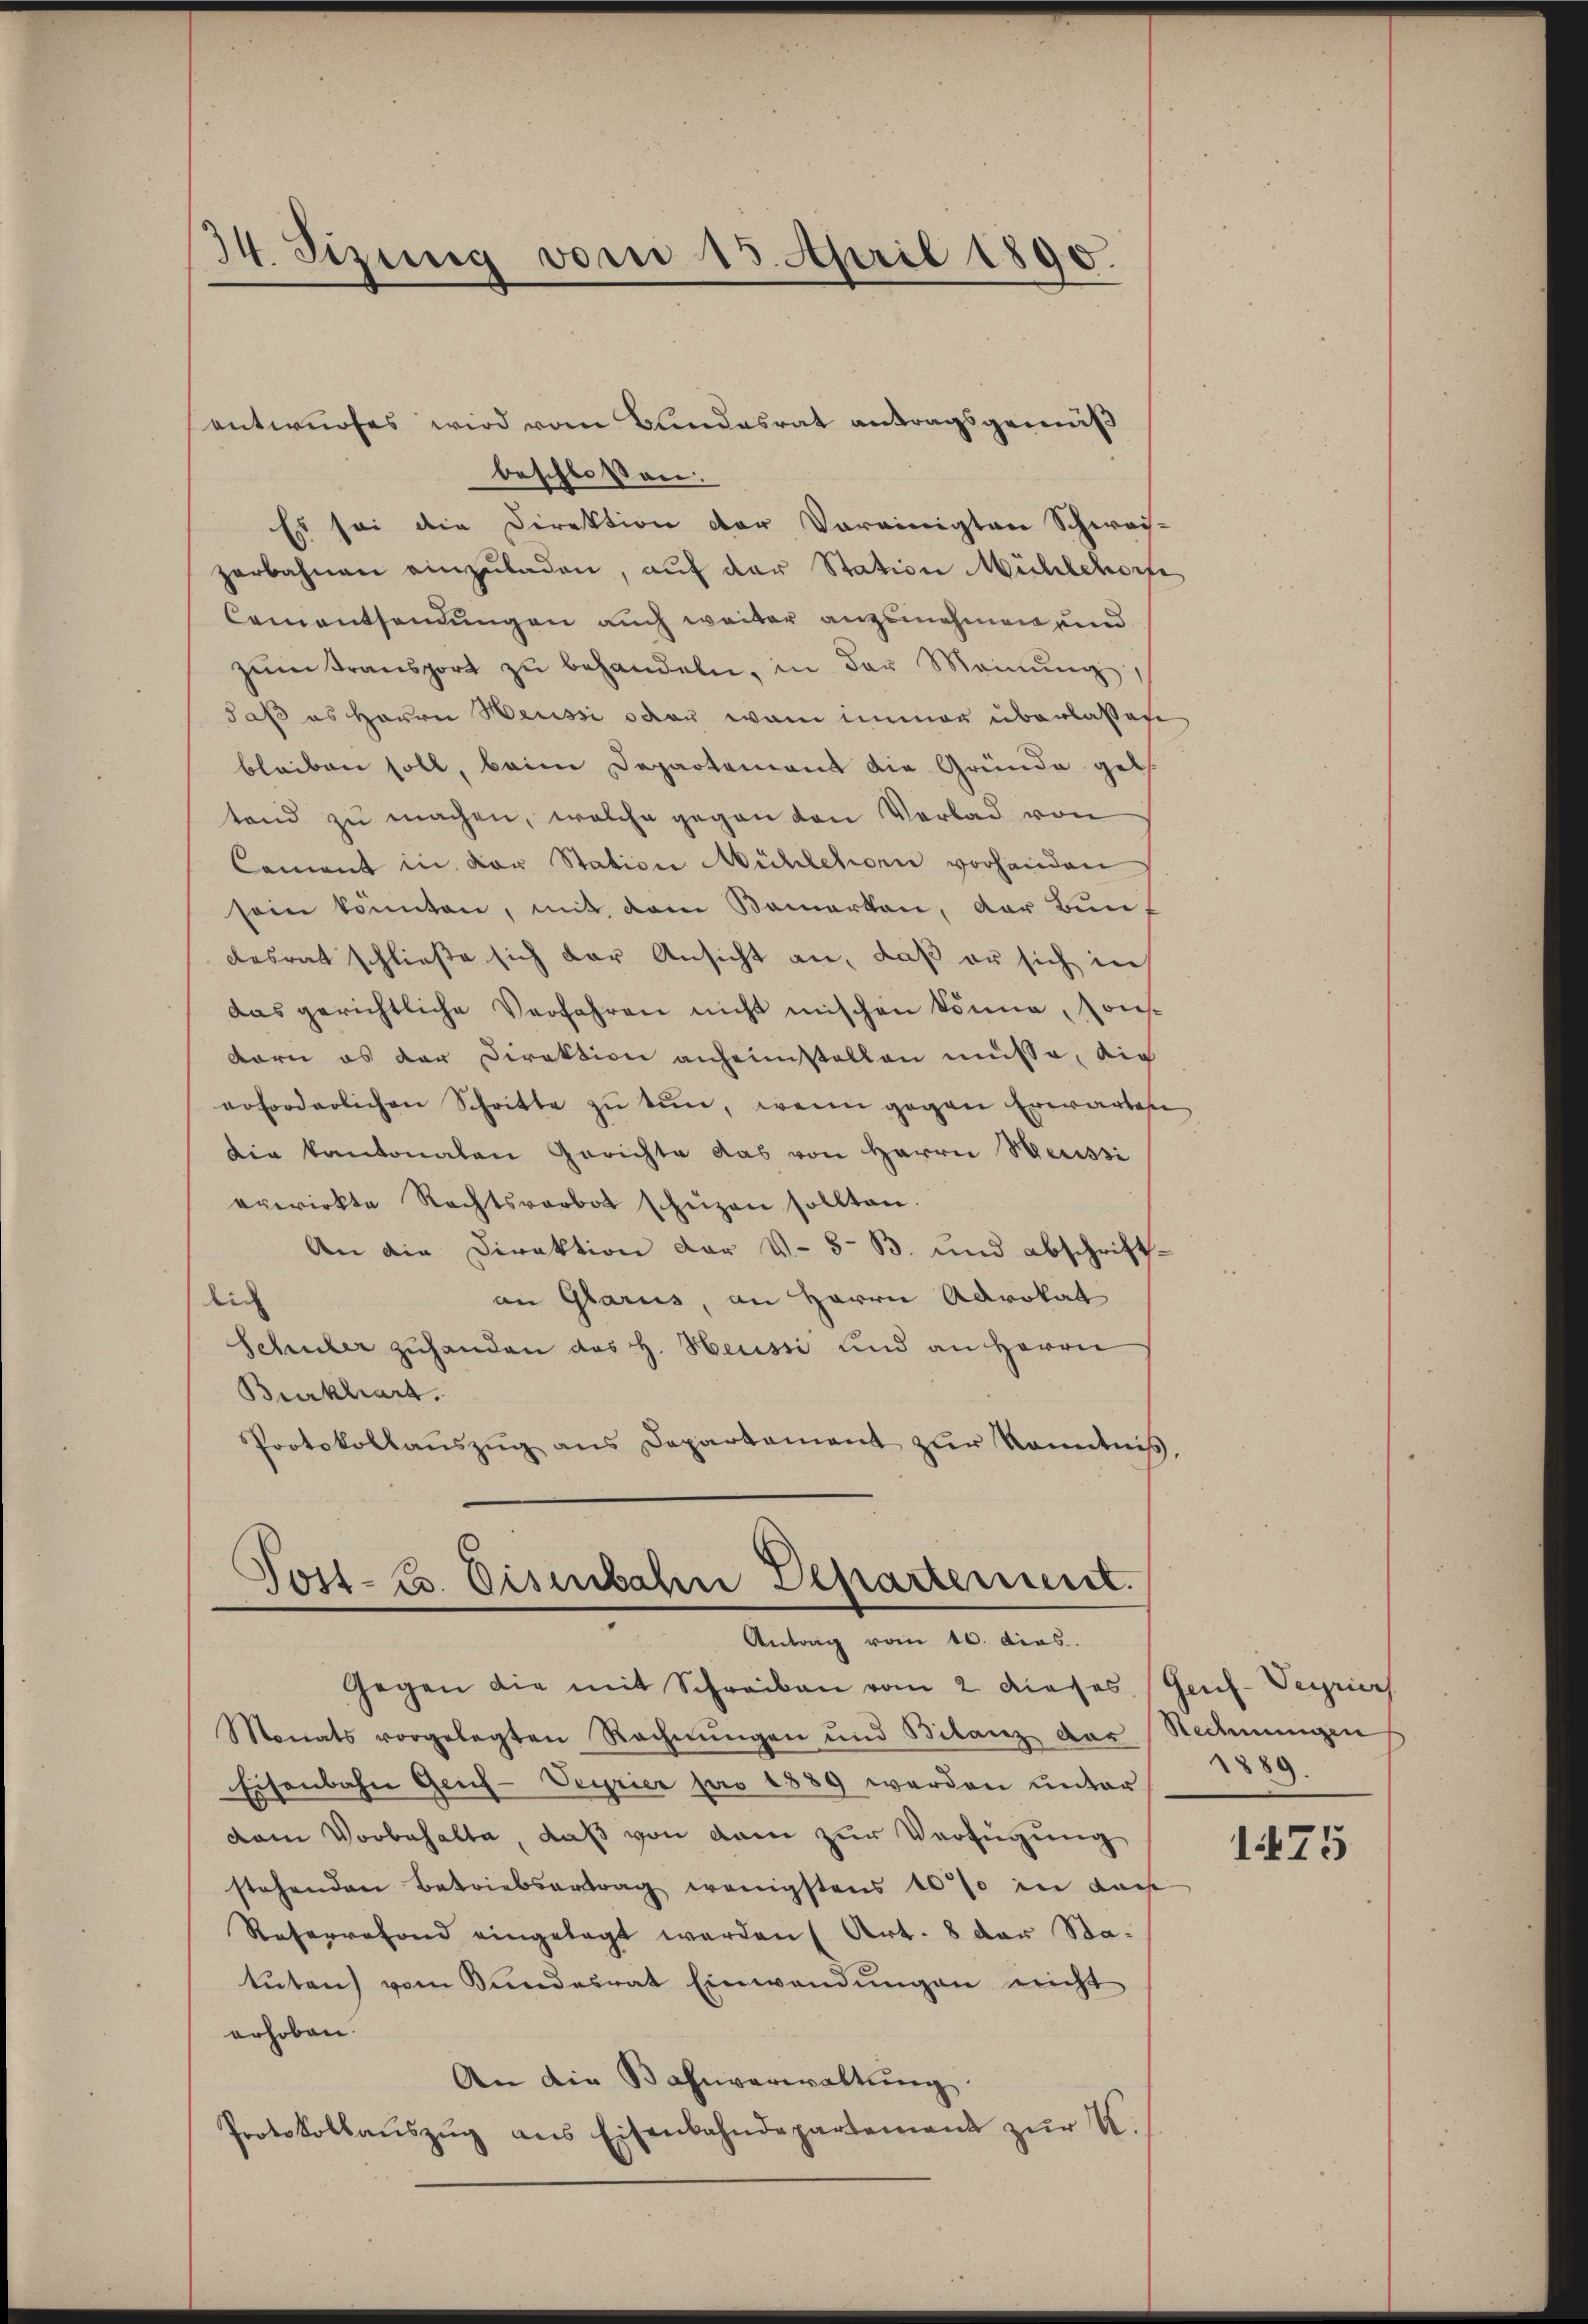
34. Sizung vom 15. April 1890.

beschloßen:
Es sei die Direktion der Vereinigten Schwach-
zerbahnen einzŭladen, auf der Station Mühlehorfe
Cementsendungen auch weiter anzunehmen und
zŭm Fransport zŭ behandeln, in der Meinŭng,
daß es Herrn Heussi oder wann immer überlassene
bleiben soll, beim Departement die Gründe geb.
tand zu machen, welche gegen den Verlad von
Coment in der Station Mühlehorn vorhanden
sein könnten, mit dem Bemerken, der Bundesrat schließe sich der Ansicht an, daß er sich in
das gerichtliche Verfahren nicht mischen könne, sons-
dorn es der Direktion anheimstellen müsse, die
erforderlichen Schritte zŭ tun, wenn gegen Erwarten
die kantonalen Gerichte das von Herrn Weissi
erwirkte Rechtsverbot schüzen sollten.
An die Direktion der V. 3- B. und abschriftan Glarus, an Herrn Advokat
die
Schuler zuhanden das H. Heussi und an Herrn
Burkhart.
Protokollaŭszŭg ans Departement zŭr Kenntniβ,

entwurfes wird vom Bundesrat antragsgewiß

Post- u. Eisenbahn Departement.
Antrag vom 10. dies

Gegen die mit Schreiben vom 2. Dieses Genf-Veyrier
Monats vorgelegten Rechnungen und Bilanz das Rechnungen
Eisenbahn Genf-Veyrier pro 1889 werden unter
vem Vorbehalte, daß von dem zur Verfügung
stehenden Betriebertrag wenigstens 10 % in dach
Reservefond eingelegt werden (Art. 8 der Statuten vom Bundesrat Einwendungen nicht
erhoben.
An die Bahnverwaltung
Protokollaŭszŭg ans Eisenbahndepartement zŭr K.

1889.

1475